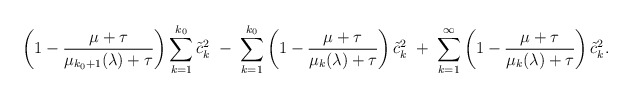
\begin{align*}\left( 1 - \frac{\mu+\tau}{ \mu_{k_0+1}(\lambda) + \tau} \right) \sum_{k=1}^{k_0} \tilde{c}_k^2 \; - \; \sum_{k=1}^{k_0} \left( 1 - \frac{\mu+\tau}{ \mu_k(\lambda) + \tau} \right)\tilde{c}_k^2 \; + \; \sum_{k=1}^\infty \left( 1 - \frac{\mu+\tau}{ \mu_k(\lambda) + \tau} \right)\tilde{c}_k^2.\end{align*}